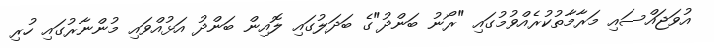
އުވަޖައްސައި މަރާމާތުކުރެއްވުމުގައި "ރޯނު ބަންދު"ގެ ބަދަލުގައި ލޮއިން ބަންދު އަޅުއްވައި މުންނާރުގައި ހުރި